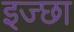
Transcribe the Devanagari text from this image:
इज्छा